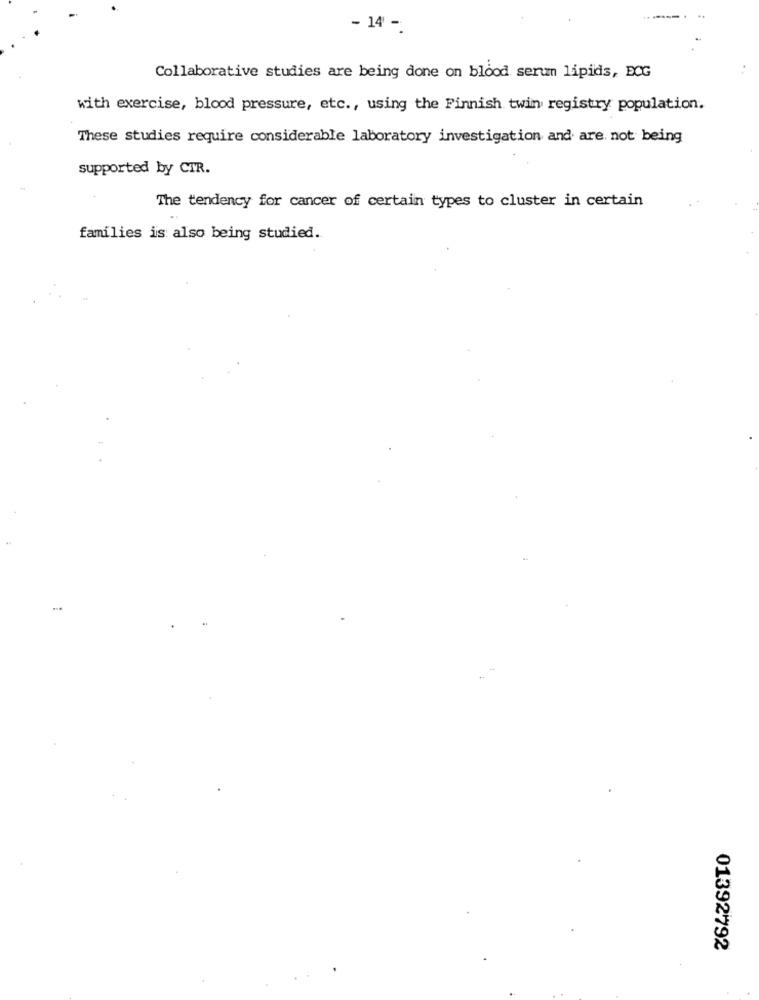
- 14 -
Collaborative studies are being done on blood serun lipids, ECG
with exercise, blood pressure, etc ., using the Finnish twin registry population.
These studies require considerable laboratory investigation and are not being
supported by CTR.
The tendency for cancer of certain types to cluster in certain
families is also being studied.
01392792